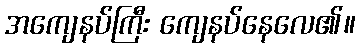
အကျေနပ်ကြီး ကျေနပ်နေလေ၏။